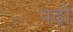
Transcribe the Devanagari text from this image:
पढ़ों